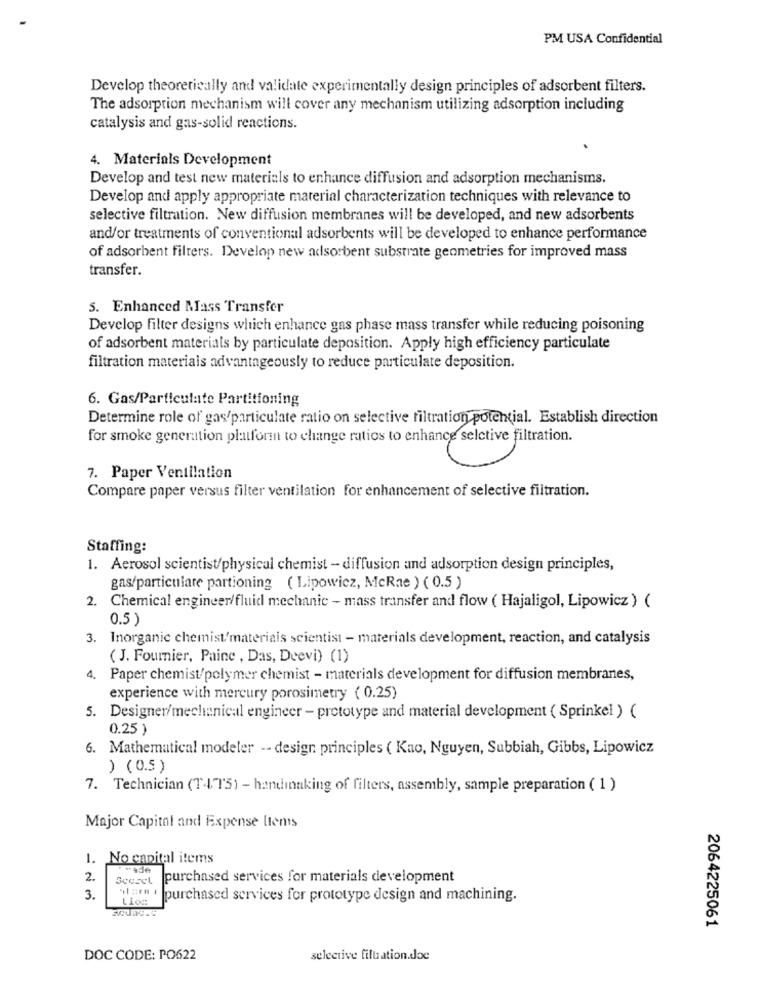
PM USA Confidential
Develop theoretically and validate experimentally design principles of adsorbent filters.
The adsorption mechanism will cover any mechanism utilizing adsorption including
catalysis and gas-solid reactions.
4. Materials Development
Develop and test new materials to enhance diffusion and adsorption mechanisms.
Develop and apply appropriate material characterization techniques with relevance to
selective filtration. New diffusion membranes will be developed, and new adsorbents
and/or treatments of conventional adsorbents will be developed to enhance performance
of adsorbent filters. Develop new adsorbent substrate geometries for improved mass
transfer.
5. Enhanced Mass Transfer
Develop filter designs which enhance gas phase mass transfer while reducing poisoning
of adsorbent materials by particulate deposition. Apply high efficiency particulate
filtration materials advantageously to reduce particulate deposition.
6. Gas/Particulate Partitioning
Determine role of gas/particulate ratio on selective filtration potential. Establish direction
for smoke generation platform to change ratios to enhance selctive filtration.
hang elive in
7. Paper Ventilation
Compare paper versus filter ventilation for enhancement of selective filtration.
Staffing:
1. Aerosol scientist/physical chemist - diffusion and adsorption design principles,
gas/particulare partioning ( Lipowicz, McRae ) ( 0.5 )
2. Chemical engineer/fluid mechanic - mass transfer and flow ( Hajaligol, Lipowicz ) (
0.5 )
3. Inorganic chemist/materials scientist - materials development, reaction, and catalysis
( J. Fournier, Paine , Das, Deevi) (1)
4. Paper chemist/polymer chemist - materials development for diffusion membranes,
experience with mercury porosimetry ( 0.25)
5. Designer/mechanical engineer - prototype and material development ( Sprinkel ) (
0.25 )
6. Mathematical modeler -- design principles ( Kao, Nguyen, Subbiah, Gibbs, Lipowicz
) (0.5)
7. Technician (T-17'5) - handinaking of filters, assembly, sample preparation ( 1 )
Major Capital and Expense Items
1. No capital items
2.
purchased services for materials development
3.
purchased services for prototype design and machining.
2064225061
DOC CODE: PO622
selective filuation.doc